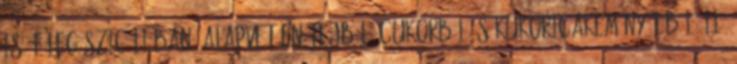
is, főleg Szicíliában. Alapvetően tejből, cukorból és kukoricakeményítőből áll,